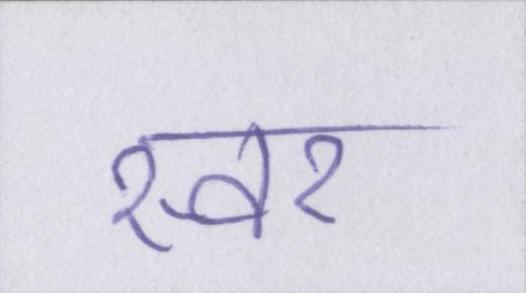
स्वर